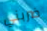
ضربني